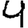
Digit: 4